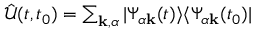
\begin{array} { r } { \mathcal { \hat { U } } ( t , t _ { 0 } ) = \sum _ { \mathbf { k } , \alpha } | \Psi _ { \alpha \mathbf { k } } ( t ) \rangle \langle \Psi _ { \alpha \mathbf { k } } ( t _ { 0 } ) | } \end{array}